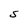
Character: S